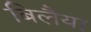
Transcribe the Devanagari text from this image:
बिलैया